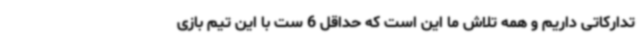
تدارکاتی داریم و همه تلاش ما این است که حداقل 6 ست با این تیم بازی